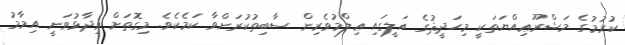
ކުރުމުގެ މަޝްރޫޢިއްޔަތަކީ މިޙަދީޘުގެ އަލީގައި ޢިލްމުވެރިން ސާބިތުކުރަށްވާ ކަމެކެވެ. މިގޮތަށް ވިދާޅުވަނީ އިމާމު